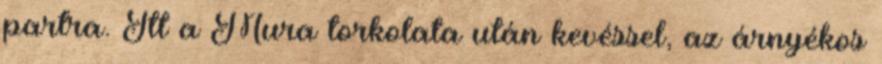
partra. Itt a Mura torkolata után kevéssel, az árnyékos